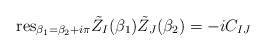
\begin{align*}{\rm res}_{\beta_1=\beta_2+i\pi}{\tilde Z}_I(\beta_1){\tilde Z}_J(\beta_2)=-iC_{IJ}\end{align*}